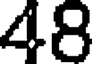
48